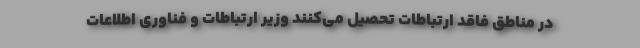
در مناطق فاقد ارتباطات تحصیل می‌کنند وزیر ارتباطات و فناوری اطلاعات